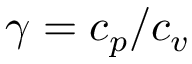
\gamma = c _ { p } / c _ { v }